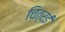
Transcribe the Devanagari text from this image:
चित्रई